Civil Veterinary Department Bihar & Orissa reports 1911-21 - 1911-1921
Year: 1911
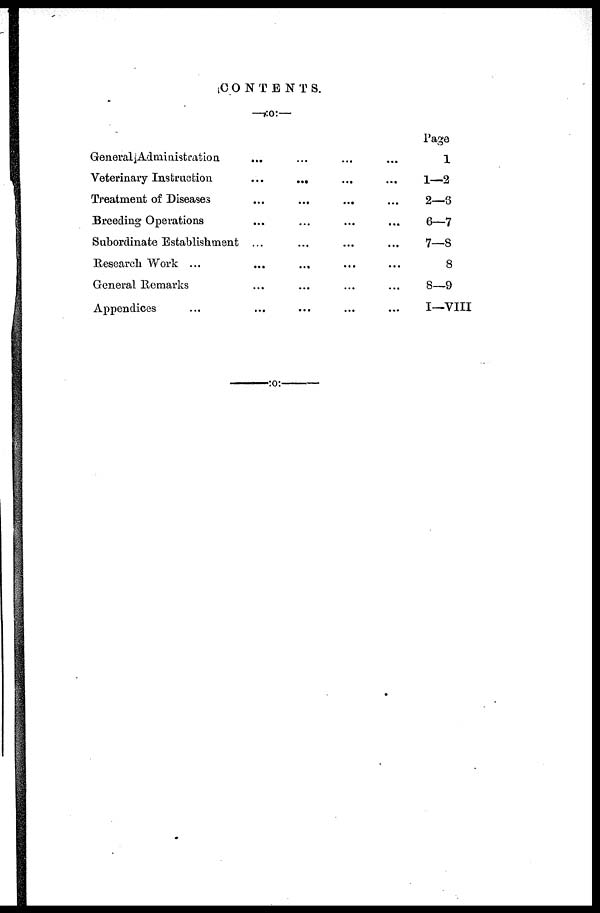
CONTENTS.
General Administration.
Veterinary Instruction
...
...
Treatment of Diseases
Breeding Operations
Subordinate Establishment ...
Research Work ...
...
...
General Remarks
Appendices
Page
1
1—2
2—3
6—7
7—8
8
8—9
I—VIII